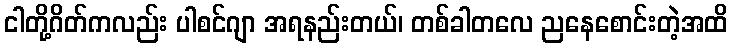
ငါတို့ဂိတ်ကလည်း ပါစင်ဂျာ အရနည်းတယ်၊ တစ်ခါတလေ ညနေစောင်းတဲ့အထိ